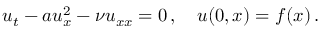
u _ { t } - a u _ { x } ^ { 2 } - { \nu } { u } _ { x x } = 0 \, , \quad u ( 0 , x ) = f ( x ) \, .